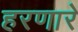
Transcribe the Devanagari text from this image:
हरणारे